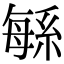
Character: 緐